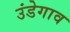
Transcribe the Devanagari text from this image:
उंडेगाव